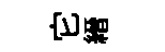
它縉